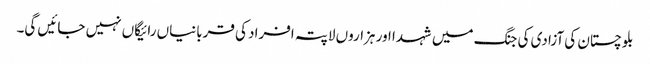
بلوچستان کی آزادی کی جنگ میں شہدا اور ہزاروں لاپتہ افراد کی قربانیاں رائیگاں نہیں جائیں گی۔